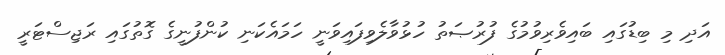
އަދި މި ބިޑުގައި ބައިވެރިވުމުގެ ފުރުޞަތު ހުޅުވާލެވިފައިވަނީ ހަމައެކަނި ކުންފުނީގެ ގޮތުގައި ރަޖިސްޓަރީ